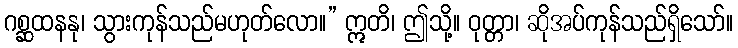
ဂစ္ဆထနနု၊ သွားကုန်သည်မဟုတ်လော။” ဣတိ၊ ဤသို့။ ဝုတ္တာ၊ ဆိုအပ်ကုန်သည်ရှိသော်။